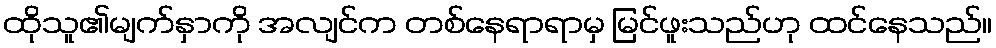
ထိုသူ၏မျက်နှာကို အလျင်က တစ်နေရာရာမှ မြင်ဖူးသည်ဟု ထင်နေသည်။